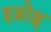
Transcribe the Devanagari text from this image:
इब्रोक्ष्